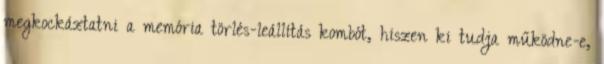
megkockáztatni a memória törlés-leállítás kombót, hiszen ki tudja működne-e,